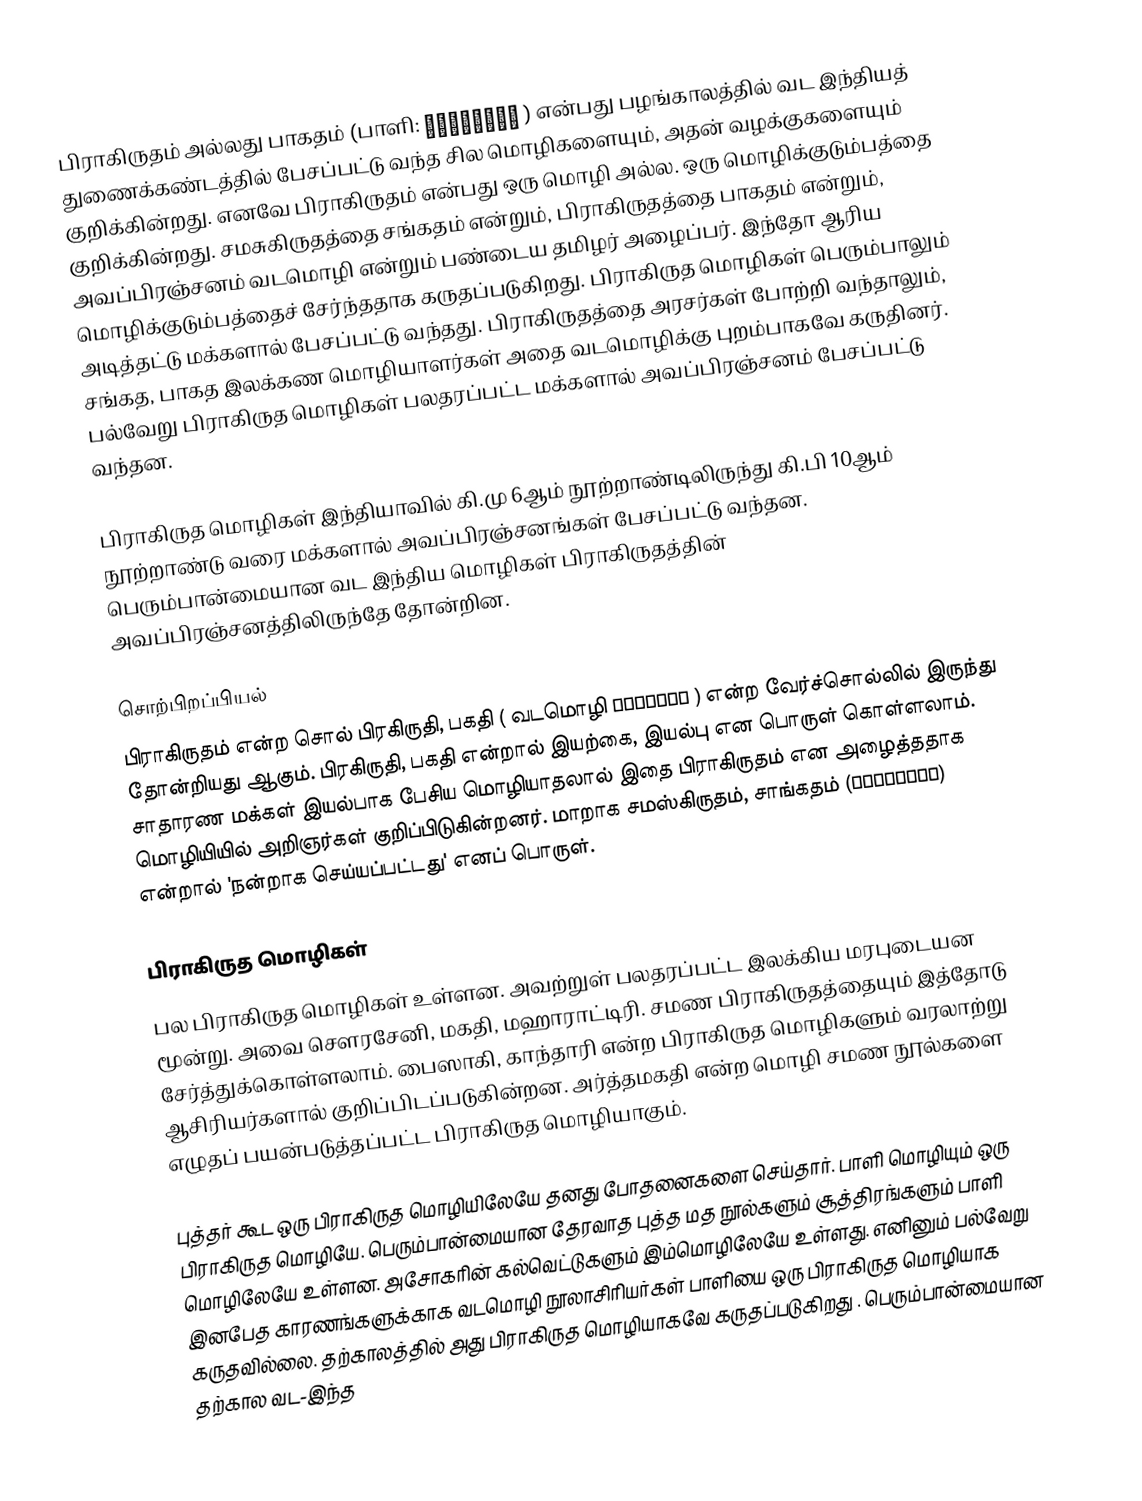
பிராகிருதம் அல்லது பாகதம் (பாளி: प्राकृतं ) என்பது பழங்காலத்தில் வட இந்தியத் துணைக்கண்டத்தில் பேசப்பட்டு வந்த சில மொழிகளையும், அதன் வழக்குகளையும் குறிக்கின்றது. எனவே பிராகிருதம் என்பது ஒரு மொழி அல்ல. ஒரு மொழிக்குடும்பத்தை குறிக்கின்றது. சமசுகிருதத்தை சங்கதம் என்றும், பிராகிருதத்தை பாகதம் என்றும், அவப்பிரஞ்சனம் வடமொழி என்றும் பண்டைய தமிழர் அழைப்பர். இந்தோ ஆரிய மொழிக்குடும்பத்தைச் சேர்ந்ததாக கருதப்படுகிறது. பிராகிருத மொழிகள் பெரும்பாலும் அடித்தட்டு மக்களால் பேசப்பட்டு வந்தது. பிராகிருதத்தை அரசர்கள் போற்றி வந்தாலும், சங்கத, பாகத இலக்கண மொழியாளர்கள் அதை வடமொழிக்கு புறம்பாகவே கருதினர். பல்வேறு பிராகிருத மொழிகள் பலதரப்பட்ட மக்களால் அவப்பிரஞ்சனம் பேசப்பட்டு வந்தன.

பிராகிருத மொழிகள் இந்தியாவில் கி.மு 6ஆம் நூற்றாண்டிலிருந்து கி.பி 10ஆம் நூற்றாண்டு வரை மக்களால் அவப்பிரஞ்சனங்கள் பேசப்பட்டு வந்தன. பெரும்பான்மையான வட இந்திய மொழிகள் பிராகிருதத்தின் அவப்பிரஞ்சனத்திலிருந்தே தோன்றின.

சொற்பிறப்பியல்
பிராகிருதம் என்ற சொல் பிரகிருதி, பகதி ( வடமொழி प्रकृति ) என்ற வேர்ச்சொல்லில் இருந்து தோன்றியது ஆகும். பிரகிருதி, பகதி என்றால் இயற்கை, இயல்பு என பொருள் கொள்ளலாம். சாதாரண மக்கள் இயல்பாக பேசிய மொழியாதலால் இதை பிராகிருதம் என அழைத்ததாக மொழியியில் அறிஞர்கள் குறிப்பிடுகின்றனர். மாறாக சமஸ்கிருதம், சாங்கதம் (संस्कृतं) என்றால் 'நன்றாக செய்யப்பட்டது' எனப் பொருள்.

பிராகிருத மொழிகள்
பல பிராகிருத மொழிகள் உள்ளன. அவற்றுள் பலதரப்பட்ட இலக்கிய மரபுடையன மூன்று. அவை சௌரசேனி, மகதி, மஹாராட்டிரி. சமண பிராகிருதத்தையும் இத்தோடு சேர்த்துக்கொள்ளலாம். பைஸாகி, காந்தாரி என்ற பிராகிருத மொழிகளும் வரலாற்று ஆசிரியர்களால் குறிப்பிடப்படுகின்றன.  அர்த்தமகதி என்ற மொழி சமண நூல்களை எழுதப் பயன்படுத்தப்பட்ட பிராகிருத மொழியாகும்.

புத்தர் கூட ஒரு பிராகிருத மொழியிலேயே தனது போதனைகளை செய்தார். பாளி மொழியும் ஒரு பிராகிருத மொழியே. பெரும்பான்மையான தேரவாத புத்த மத நூல்களும் சூத்திரங்களும் பாளி மொழிலேயே உள்ளன. அசோகரின் கல்வெட்டுகளும் இம்மொழிலேயே உள்ளது. எனினும் பல்வேறு இனபேத காரணங்களுக்காக  வடமொழி நூலாசிரியர்கள் பாளியை ஒரு பிராகிருத மொழியாக கருதவில்லை. தற்காலத்தில் அது பிராகிருத மொழியாகவே கருதப்படுகிறது . பெரும்பான்மையான தற்கால வட-இந்த